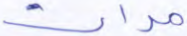
مرات